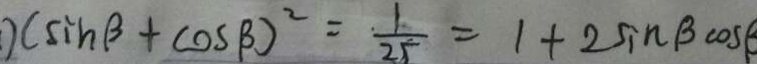
( \sin \beta + \cos \beta ) ^ { 2 } = \frac { 1 } { 2 5 } = 1 + 2 \sin \beta \cos \beta